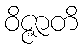
ဝိဇ္ဇာတိ